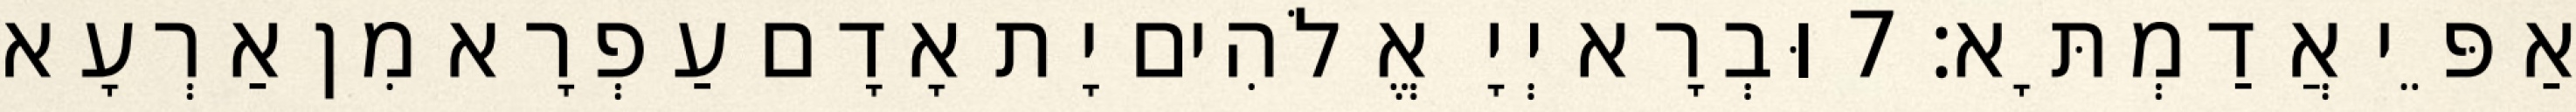
אַפֵּי אֲדַמְתָּא׃ 7 וּבְרָא יְיָ אֱלֹהִים יָת אָדָם עַפְרָא מִן אַרְעָא